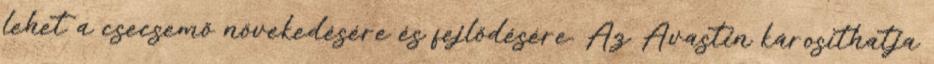
lehet a csecsemő növekedésére és fejlődésére. Az Avastin károsíthatja